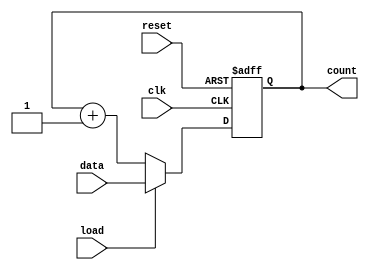
module LoadableCounter #(
    parameter WIDTH = 8 // Parameter to define the width of the counter
)(
    input wire clk,         // Clock signal
    input wire reset,       // Reset signal
    input wire load,        // Load signal
    input wire [WIDTH-1:0] data, // Load value input
    output reg [WIDTH-1:0] count // Counter output
);

// Always block triggered on the rising edge of the clock
always @(posedge clk or posedge reset) begin
    if (reset) begin
        // Reset the counter to zero
        count <= 0;
    end else if (load) begin
        // Load the counter with the specified value
        count <= data;
    end else begin
        // Increment the counter
        count <= count + 1;
    end
end

endmodule